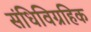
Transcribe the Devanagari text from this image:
संधिविग्रहिक